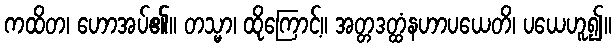
ကထိတ၊ ဟောအပ်၏။ တသ္မာ၊ ထိုကြောင့်။ အတ္တဒတ္ထံနဟာပယေတိ၊ ပယေဟူ၍။